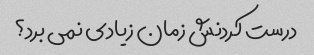
درست کردنش زمان زیادی نمی برد؟